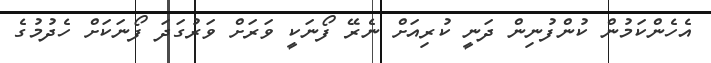
އެހެންކަމުން ކުންފުނިން ދަނީ ކުރިއަށް ނެރޭ ފޯނަކީ ވަރަށް ވަރުގަދަ ފޯނަކަށް ހެދުމުގެ